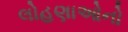
લોહણાઓનો